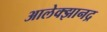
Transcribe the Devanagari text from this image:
आलेक्झानद्र